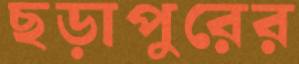
ছড়াপুরের